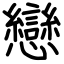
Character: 戀